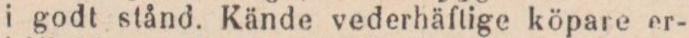
i godt stånd. Kände vederhäftige köpare er-